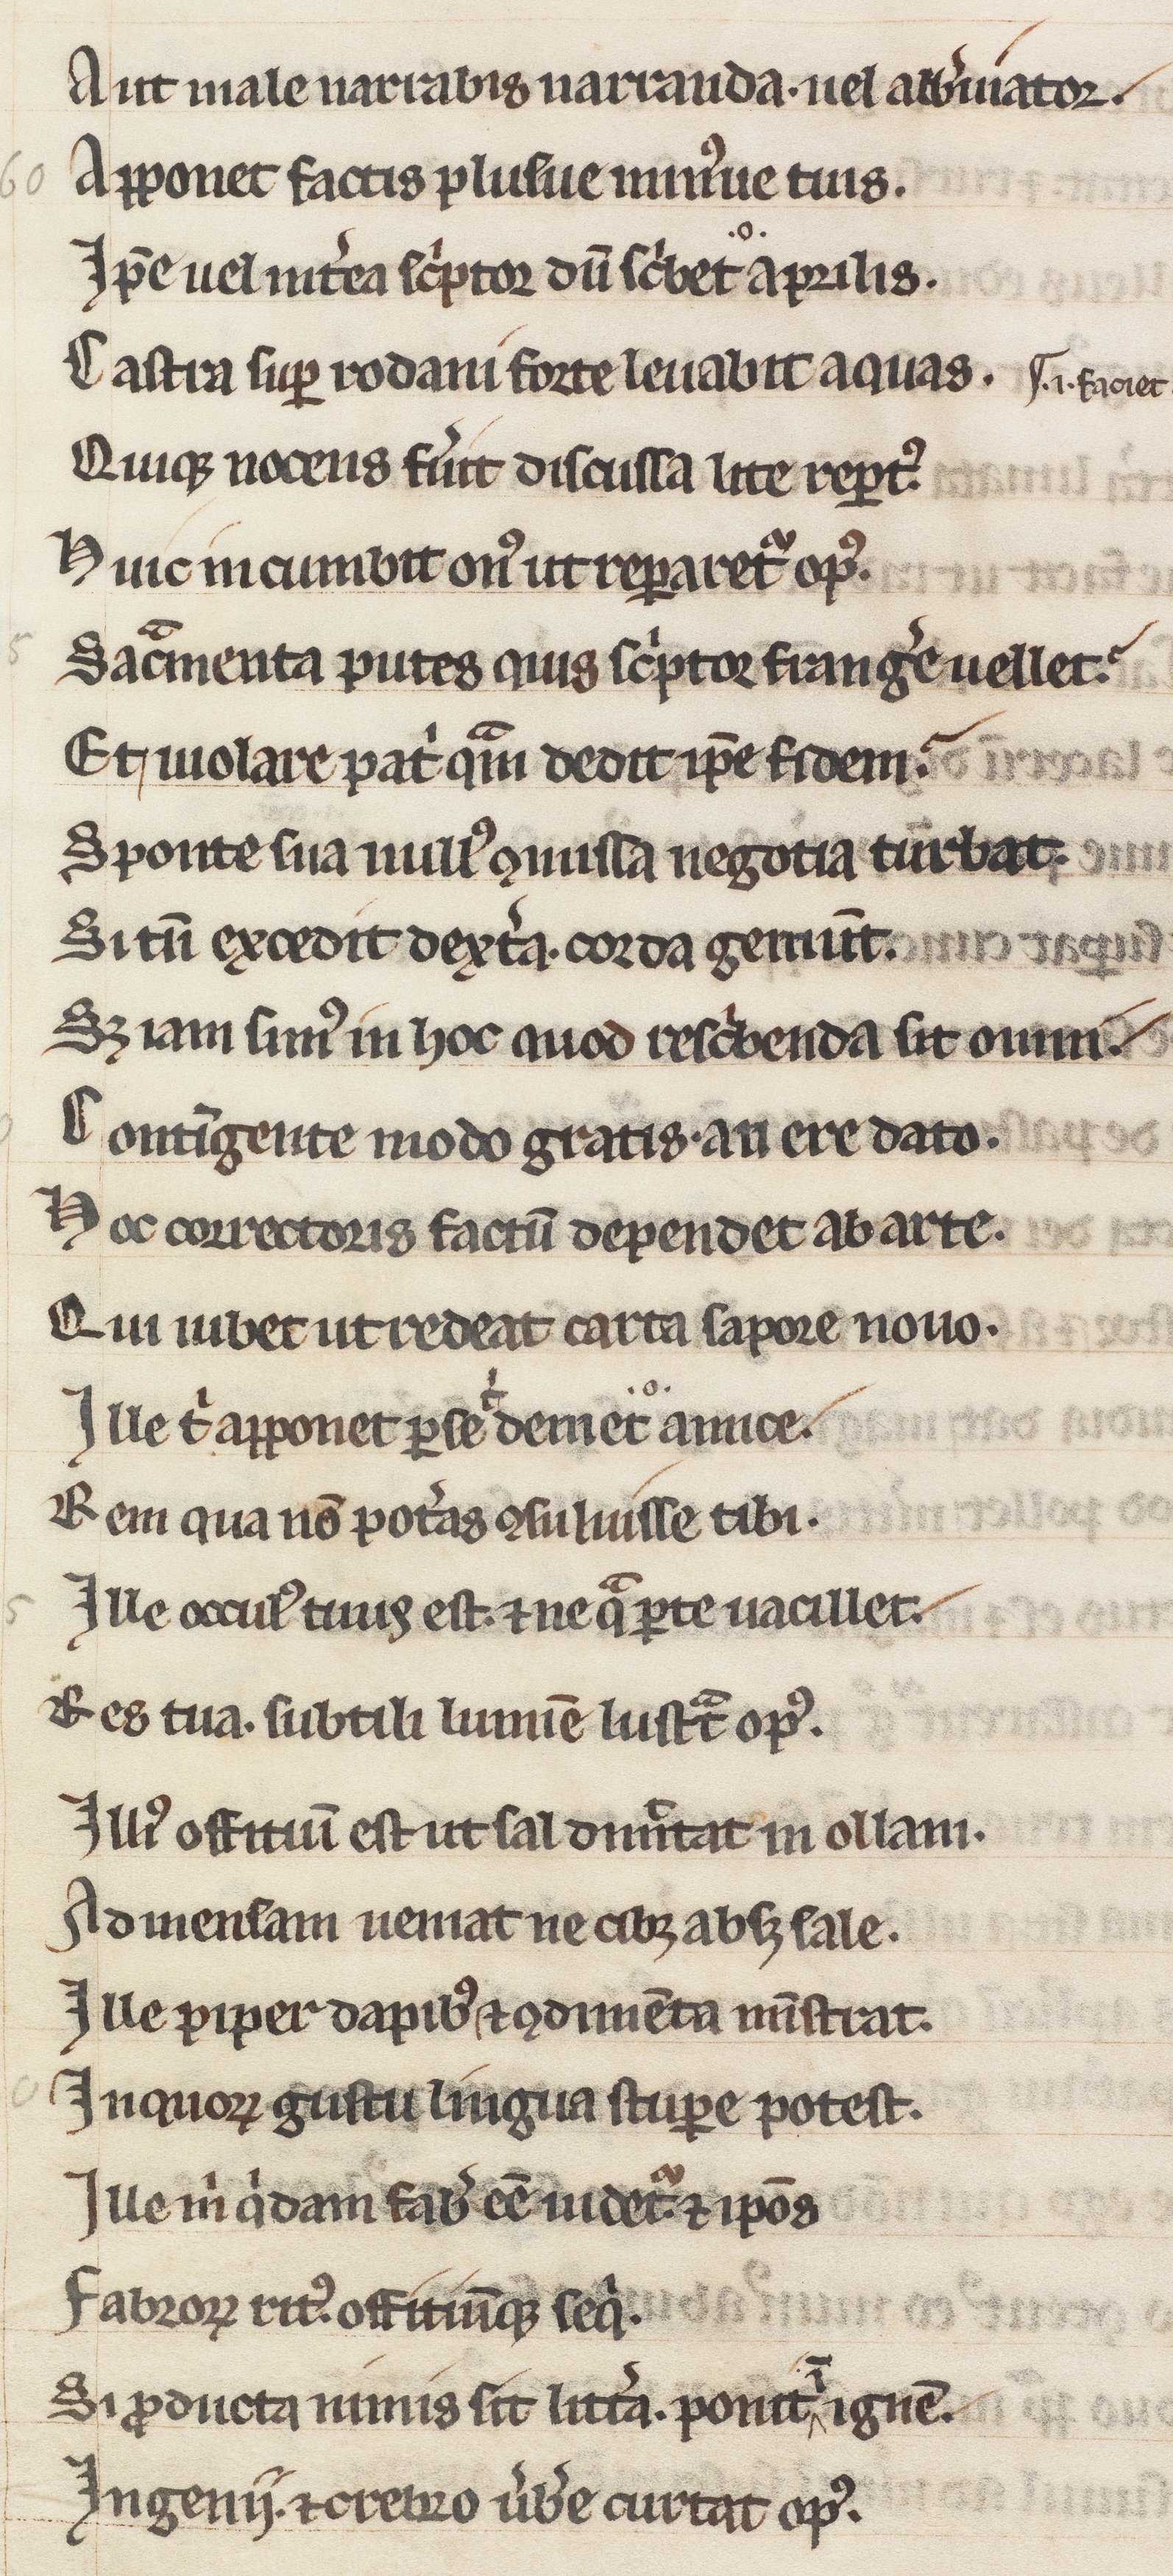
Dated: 800–849